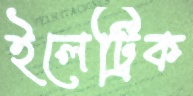
ইলেট্রিক